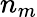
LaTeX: n_{m}